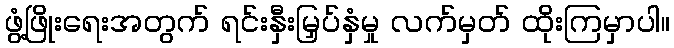
ဖွံ့ဖြိုးရေးအတွက် ရင်းနှီးမြှပ်နှံမှု လက်မှတ် ထိုးကြမှာပါ။